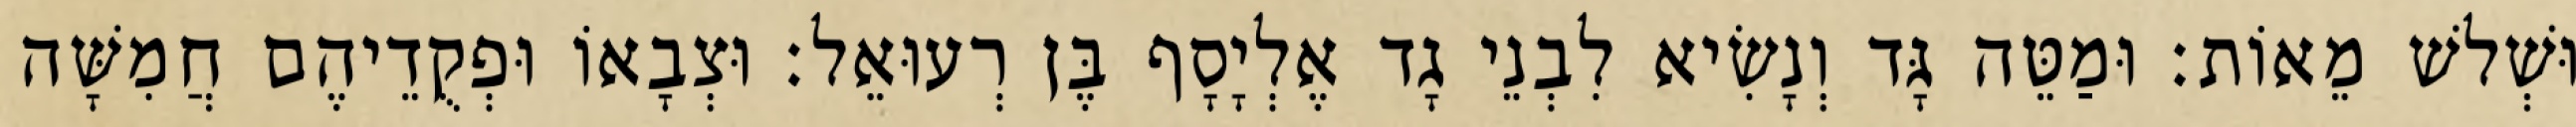
וּשְׁלשׁ מֵאוֹת׃ וּמַטֵּה גָּד וְנָשִׂיא לִבְנֵי גָד אֶלְיָסָף בֶּן רְעוּאֵל׃ וּצְבָאוֹ וּפְקֻדֵיהֶם חֲמִשָּׁה